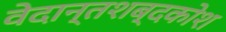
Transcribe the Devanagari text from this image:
वेदान्तशब्दकोश